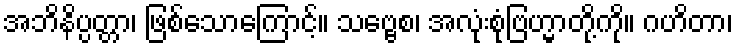
အဘိနိပ္ပတ္တာ၊ ဖြစ်သောကြောင့်။ သဗ္ဗေစ၊ အလုံးစုံဗြဟ္မာတို့ကို။ ဂဟိတာ၊